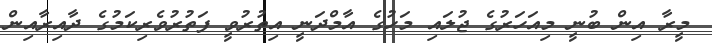
މީރާ އިން ބުނީ މިއަހަރުގެ ޖުލައި މަހުގެ އާމްދަނީ އިތުރުވީ ފަތުރުވެރިކަމުގެ ދާއިރާއިން